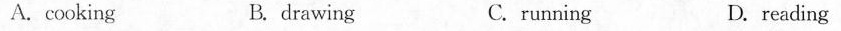
A.cooking B. drawing C.running D. reading